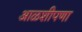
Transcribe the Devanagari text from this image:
आळशीपणा